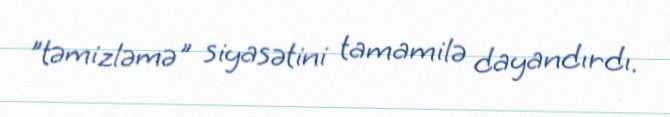
"təmizləmə" siyasətini tamamilə dayandırdı.